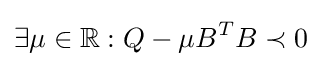
\exists \mu \in \mathbb {R} :Q-\mu B^{T}B\prec 0